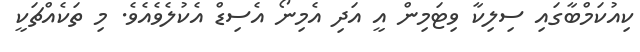
ކިއުކަމްބާގައި ސިލިކާ ވިޓަމިން އީ އަދި އެމިނޯ އެސިޑް އެކުލެވެއެވެ. މި ތަކެއްޗަކީ